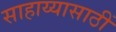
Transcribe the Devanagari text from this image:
साहाय्यासाठीं